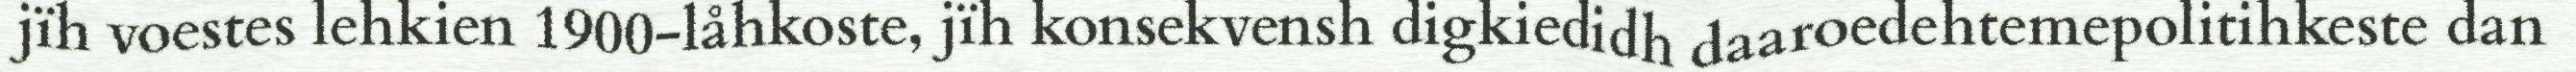
jïh voestes lehkien 1900-låhkoste, jïh konsekvensh digkiedidh daaroedehtemepolitihkeste dan